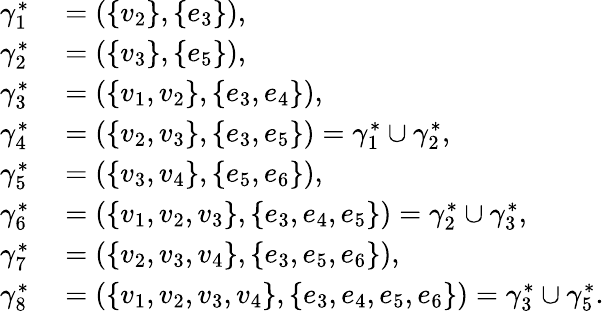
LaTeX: \begin{array}{rl}{\gamma_{1}^{\ast}}&{{}=(\{ v_{2}\} ,\{ e_{3}\} ),}\\ {\gamma_{2}^{\ast}}&{{}=(\{ v_{3}\} ,\{ e_{5}\} ),}\\ {\gamma_{3}^{\ast}}&{{}=(\{ v_{1},v_{2}\} ,\{ e_{3},e_{4}\} ),}\\ {\gamma_{4}^{\ast}}&{{}=(\{ v_{2},v_{3}\} ,\{ e_{3},e_{5}\} )=\gamma_{1}^{\ast}\cup\gamma_{2}^{\ast},}\\ {\gamma_{5}^{\ast}}&{{}=(\{ v_{3},v_{4}\} ,\{ e_{5},e_{6}\} ),}\\ {\gamma_{6}^{\ast}}&{{}=(\{ v_{1},v_{2},v_{3}\} ,\{ e_{3},e_{4},e_{5}\} )=\gamma_{2}^{\ast}\cup\gamma_{3}^{\ast},}\\ {\gamma_{7}^{\ast}}&{{}=(\{ v_{2},v_{3},v_{4}\} ,\{ e_{3},e_{5},e_{6}\} ),}\\ {\gamma_{8}^{\ast}}&{{}=(\{ v_{1},v_{2},v_{3},v_{4}\} ,\{ e_{3},e_{4},e_{5},e_{6}\} )=\gamma_{3}^{\ast}\cup\gamma_{5}^{\ast}.}\end{array}